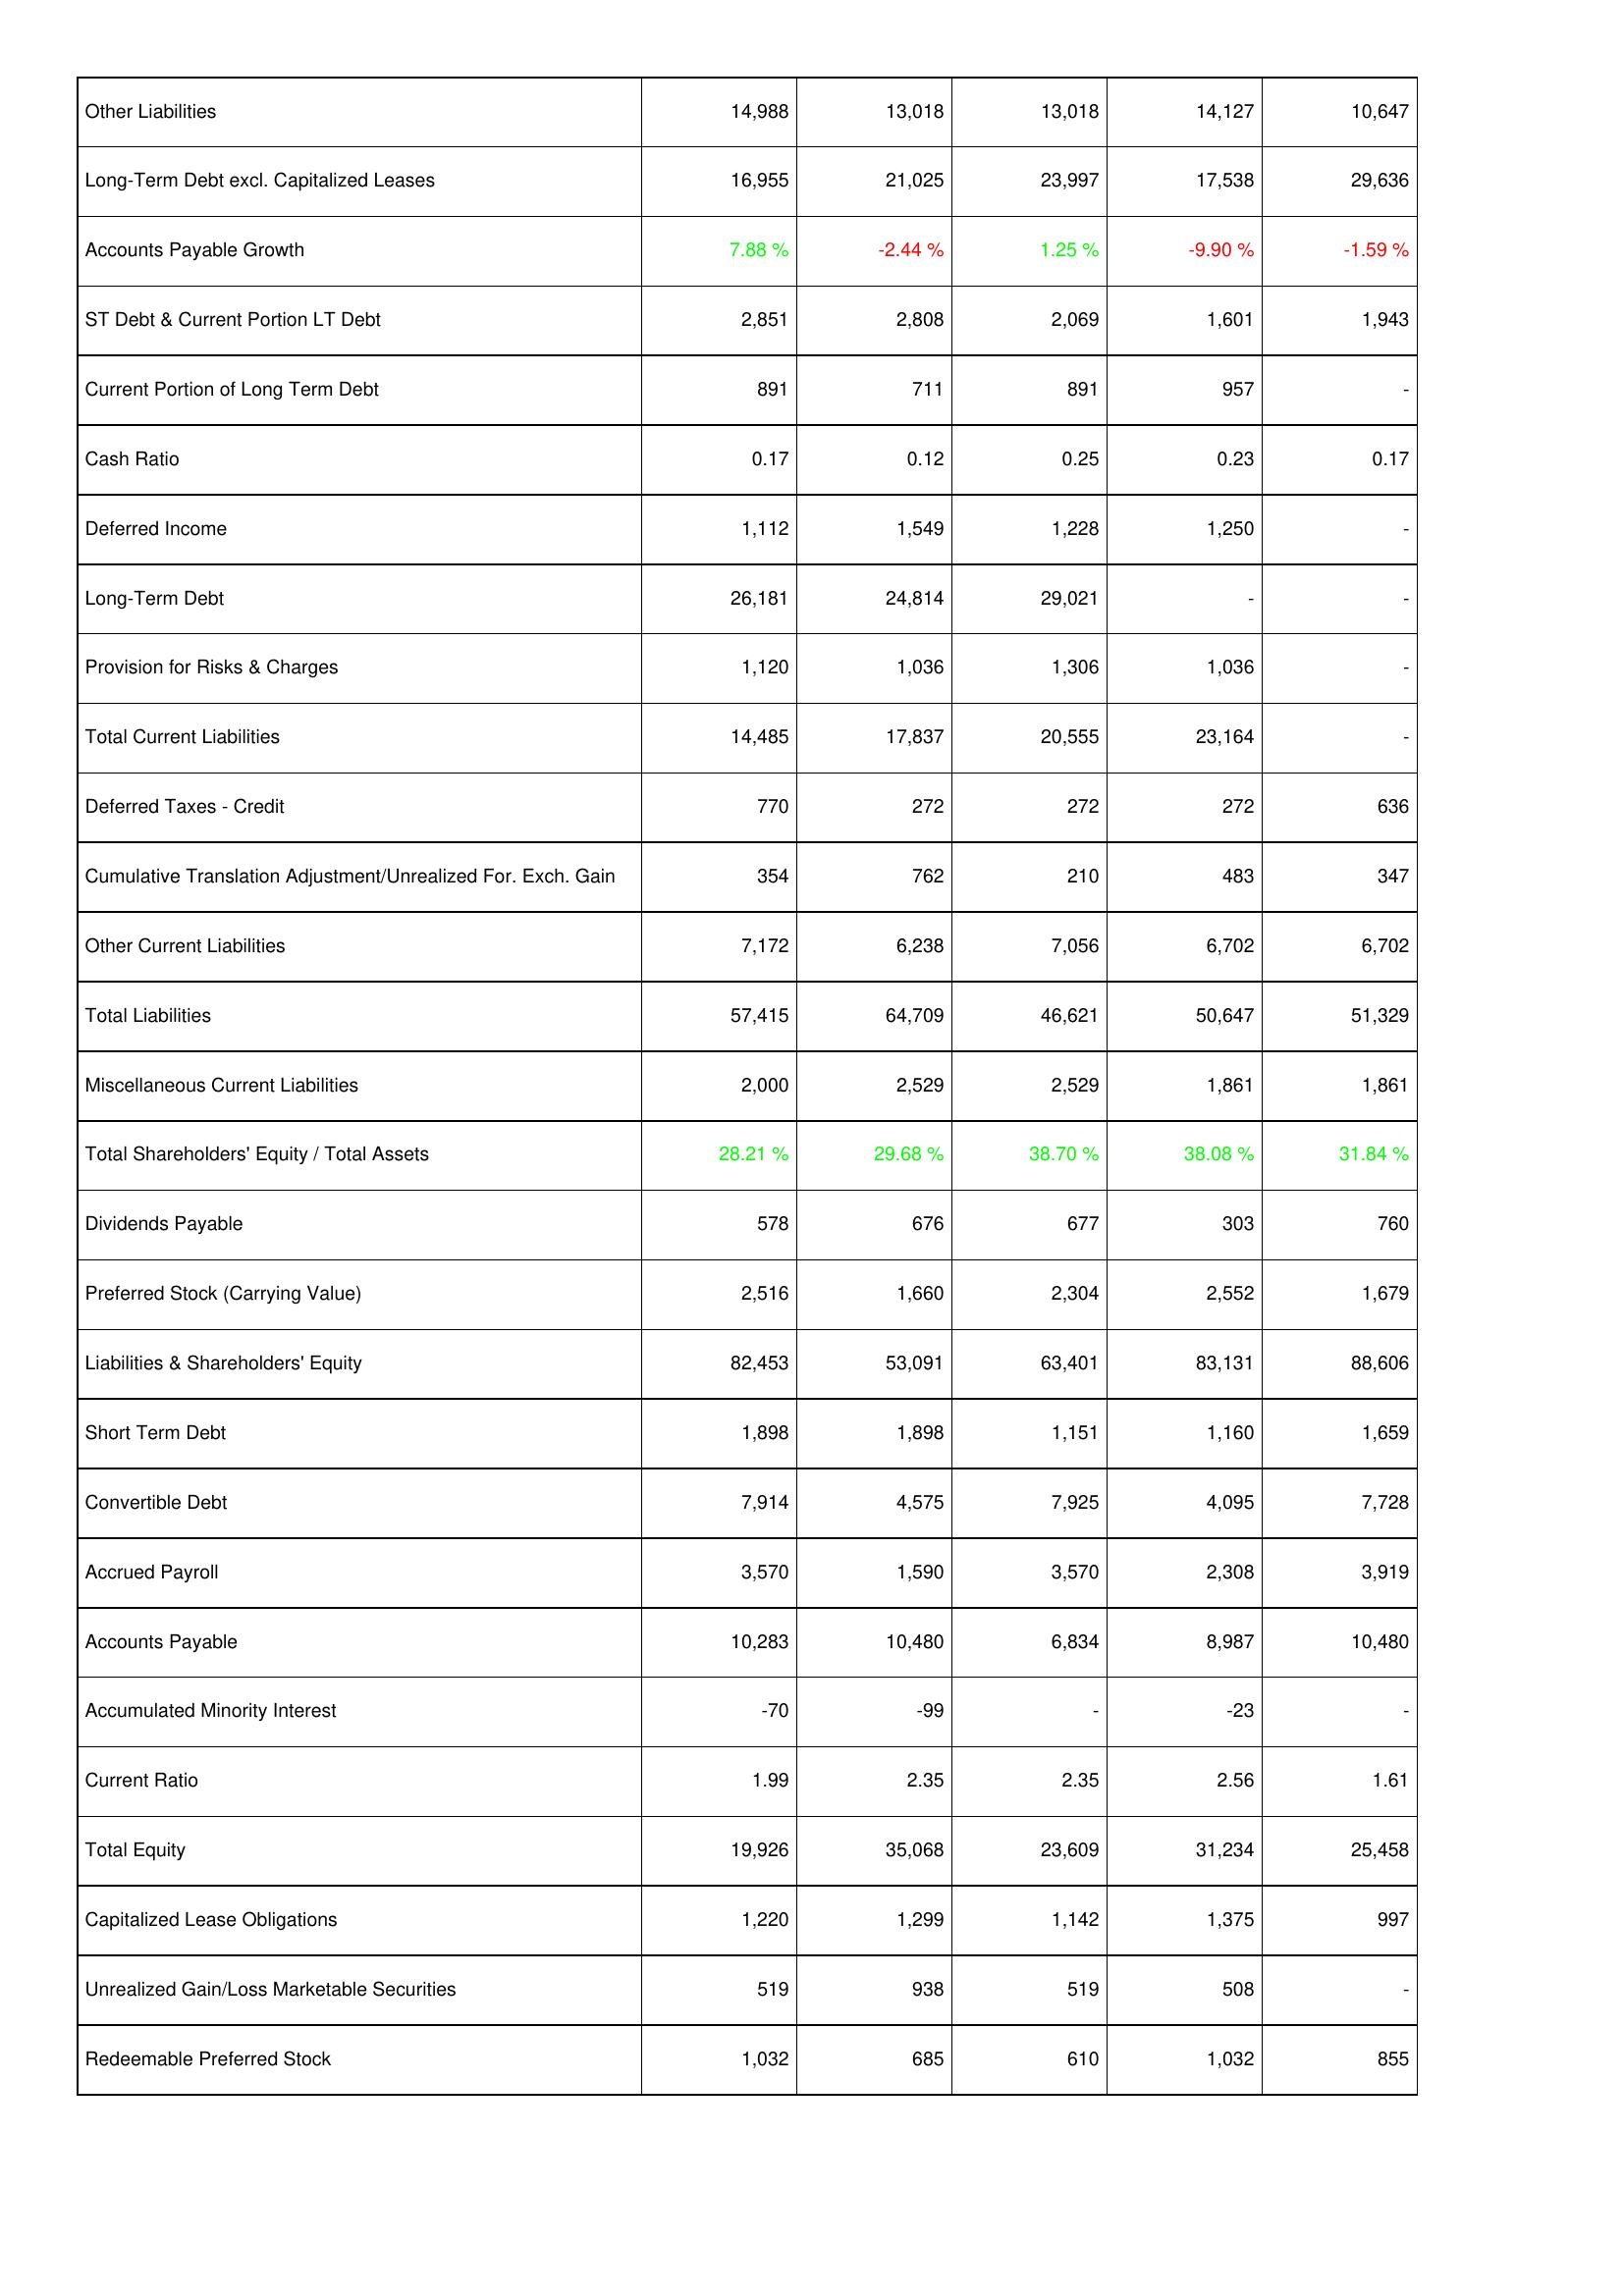
2009: Liabilities & Shareholders' Equity: Other Liabilities: 14,988
Long-Term Debt excl. Capitalized Leases: 16,955
Accounts Payable Growth: 7.88 %
ST Debt & Current Portion LT Debt: 2,851
Current Portion of Long Term Debt: 891
Cash Ratio: 0.17
Deferred Income: 1,112
Long-Term Debt: 26,181
Provision for Risks & Charges: 1,120
Total Current Liabilities: 14,485
Deferred Taxes - Credit: 770
Cumulative Translation Adjustment/Unrealized For. Exch. Gain: 354
Other Current Liabilities: 7,172
Total Liabilities: 57,415
Miscellaneous Current Liabilities: 2,000
Total Shareholders' Equity / Total Assets: 28.21 %
Dividends Payable: 578
Preferred Stock (Carrying Value): 2,516
Liabilities & Shareholders' Equity: 82,453
Short Term Debt: 1,898
Convertible Debt: 7,914
Accrued Payroll: 3,570
Accounts Payable: 10,283
Accumulated Minority Interest: -70
Current Ratio: 1.99
Total Equity: 19,926
Capitalized Lease Obligations: 1,220
Unrealized Gain/Loss Marketable Securities: 519
Redeemable Preferred Stock: 1,032
2008: Liabilities & Shareholders' Equity: Other Liabilities: 13,018
Long-Term Debt excl. Capitalized Leases: 21,025
Accounts Payable Growth: -2.44 %
ST Debt & Current Portion LT Debt: 2,808
Current Portion of Long Term Debt: 711
Cash Ratio: 0.12
Deferred Income: 1,549
Long-Term Debt: 24,814
Provision for Risks & Charges: 1,036
Total Current Liabilities: 17,837
Deferred Taxes - Credit: 272
Cumulative Translation Adjustment/Unrealized For. Exch. Gain: 762
Other Current Liabilities: 6,238
Total Liabilities: 64,709
Miscellaneous Current Liabilities: 2,529
Total Shareholders' Equity / Total Assets: 29.68 %
Dividends Payable: 676
Preferred Stock (Carrying Value): 1,660
Liabilities & Shareholders' Equity: 53,091
Short Term Debt: 1,898
Convertible Debt: 4,575
Accrued Payroll: 1,590
Accounts Payable: 10,480
Accumulated Minority Interest: -99
Current Ratio: 2.35
Total Equity: 35,068
Capitalized Lease Obligations: 1,299
Unrealized Gain/Loss Marketable Securities: 938
Redeemable Preferred Stock: 685
2007: Liabilities & Shareholders' Equity: Other Liabilities: 13,018
Long-Term Debt excl. Capitalized Leases: 23,997
Accounts Payable Growth: 1.25 %
ST Debt & Current Portion LT Debt: 2,069
Current Portion of Long Term Debt: 891
Cash Ratio: 0.25
Deferred Income: 1,228
Long-Term Debt: 29,021
Provision for Risks & Charges: 1,306
Total Current Liabilities: 20,555
Deferred Taxes - Credit: 272
Cumulative Translation Adjustment/Unrealized For. Exch. Gain: 210
Other Current Liabilities: 7,056
Total Liabilities: 46,621
Miscellaneous Current Liabilities: 2,529
Total Shareholders' Equity / Total Assets: 38.70 %
Dividends Payable: 677
Preferred Stock (Carrying Value): 2,304
Liabilities & Shareholders' Equity: 63,401
Short Term Debt: 1,151
Convertible Debt: 7,925
Accrued Payroll: 3,570
Accounts Payable: 6,834
Accumulated Minority Interest: -
Current Ratio: 2.35
Total Equity: 23,609
Capitalized Lease Obligations: 1,142
Unrealized Gain/Loss Marketable Securities: 519
Redeemable Preferred Stock: 610
2006: Liabilities & Shareholders' Equity: Other Liabilities: 14,127
Long-Term Debt excl. Capitalized Leases: 17,538
Accounts Payable Growth: -9.90 %
ST Debt & Current Portion LT Debt: 1,601
Current Portion of Long Term Debt: 957
Cash Ratio: 0.23
Deferred Income: 1,250
Long-Term Debt: -
Provision for Risks & Charges: 1,036
Total Current Liabilities: 23,164
Deferred Taxes - Credit: 272
Cumulative Translation Adjustment/Unrealized For. Exch. Gain: 483
Other Current Liabilities: 6,702
Total Liabilities: 50,647
Miscellaneous Current Liabilities: 1,861
Total Shareholders' Equity / Total Assets: 38.08 %
Dividends Payable: 303
Preferred Stock (Carrying Value): 2,552
Liabilities & Shareholders' Equity: 83,131
Short Term Debt: 1,160
Convertible Debt: 4,095
Accrued Payroll: 2,308
Accounts Payable: 8,987
Accumulated Minority Interest: -23
Current Ratio: 2.56
Total Equity: 31,234
Capitalized Lease Obligations: 1,375
Unrealized Gain/Loss Marketable Securities: 508
Redeemable Preferred Stock: 1,032
2005: Liabilities & Shareholders' Equity: Other Liabilities: 10,647
Long-Term Debt excl. Capitalized Leases: 29,636
Accounts Payable Growth: -1.59 %
ST Debt & Current Portion LT Debt: 1,943
Current Portion of Long Term Debt: -
Cash Ratio: 0.17
Deferred Income: -
Long-Term Debt: -
Provision for Risks & Charges: -
Total Current Liabilities: -
Deferred Taxes - Credit: 636
Cumulative Translation Adjustment/Unrealized For. Exch. Gain: 347
Other Current Liabilities: 6,702
Total Liabilities: 51,329
Miscellaneous Current Liabilities: 1,861
Total Shareholders' Equity / Total Assets: 31.84 %
Dividends Payable: 760
Preferred Stock (Carrying Value): 1,679
Liabilities & Shareholders' Equity: 88,606
Short Term Debt: 1,659
Convertible Debt: 7,728
Accrued Payroll: 3,919
Accounts Payable: 10,480
Accumulated Minority Interest: -
Current Ratio: 1.61
Total Equity: 25,458
Capitalized Lease Obligations: 997
Unrealized Gain/Loss Marketable Securities: -
Redeemable Preferred Stock: 855